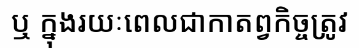
ឬ ក្នុងរយៈពេលជាកាតព្វកិច្ចត្រូវ